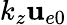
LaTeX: k_{z}\mathbf{u}_{e0}